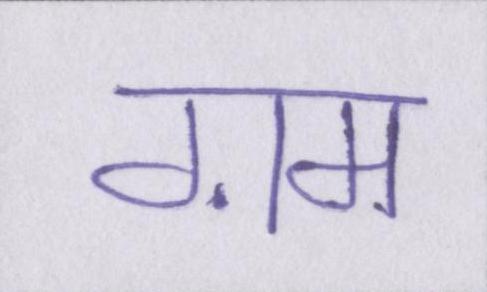
ग़म